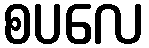
စပလေ